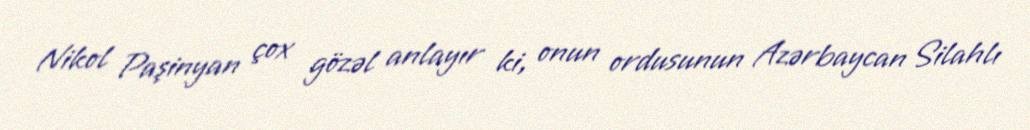
Nikol Paşinyan çox gözəl anlayır ki, onun ordusunun Azərbaycan Silahlı